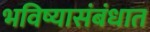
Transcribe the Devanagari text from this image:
भविष्यासंबंधात